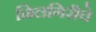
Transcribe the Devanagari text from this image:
निलगिरीचे